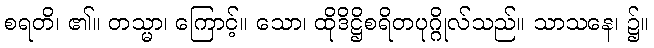
စရတိ၊ ၏။ တသ္မာ၊ ကြောင့်။ သော၊ ထိုဒိဋ္ဌိစရိတပုဂ္ဂိုလ်သည်။ သာသနေ၊ ၌။